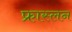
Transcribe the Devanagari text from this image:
फ्रास्लन